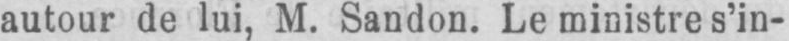
autour de lui, M. Sandon. Le ministre s’in-